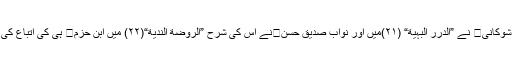
امام شوکانی نے ”الدُّرَر البَہِیَّة“ (۲۱)میں اور نواب صدیق حسننے اس کی شرح ”الرَّوضة النَّدِیَّة“(۲۲) میں ابن حزم ہی کی اتباع کی ہے۔